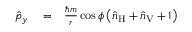
\begin{array} { r l r } { \hat { p } _ { y } } & { { } = } & { \frac { \hbar m } { r } \cos \phi \left( \hat { n } _ { \mathrm { H } } + \hat { n } _ { \mathrm { V } } + 1 \right) } \end{array}